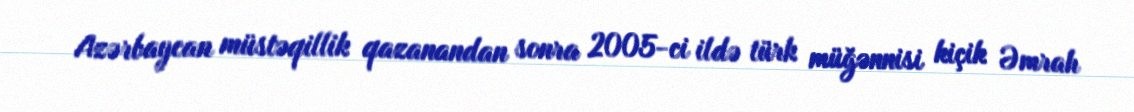
Azərbaycan müstəqillik qazanandan sonra 2005-ci ildə türk müğənnisi kiçik Əmrah